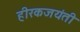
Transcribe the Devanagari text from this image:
हीरकजयंती